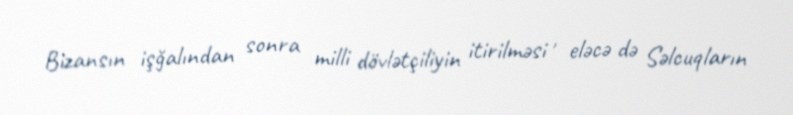
Bizansın işğalından sonra milli dövlətçiliyin itirilməsi , eləcə də Səlcuqların